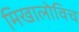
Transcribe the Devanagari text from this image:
मिखालोविच